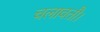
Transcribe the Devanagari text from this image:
चलावतौ।